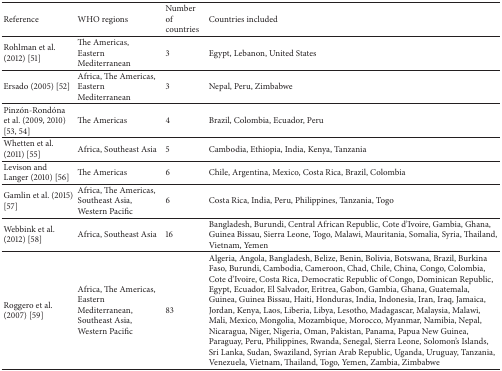
<table><thead><tr><td><b>Reference</b></td><td><b>WHO regions</b></td><td><b>Number of countries</b></td><td><b>Countries included</b></td></tr></thead><tbody><tr><td>Rohlman et al. (2012) [51]</td><td>The Americas, Eastern Mediterranean</td><td>3</td><td>Egypt, Lebanon, United States</td></tr><tr><td> Ersado (2005) [52]</td><td>Africa, The Americas, Eastern Mediterranean</td><td>3</td><td>Nepal, Peru, Zimbabwe</td></tr><tr><td>Pinzón-Rondóna et al. (2009, 2010) [53, 54]</td><td>The Americas</td><td>4</td><td>Brazil, Colombia, Ecuador, Peru</td></tr><tr><td>Whetten et al. (2011) [55]</td><td> Africa, Southeast Asia</td><td>5</td><td> Cambodia, Ethiopia, India, Kenya, Tanzania</td></tr><tr><td> Levison and Langer (2010) [56]</td><td>The Americas</td><td>6</td><td>Chile, Argentina, Mexico, Costa Rica, Brazil, Colombia</td></tr><tr><td>Gamlin et al. (2015) [57]</td><td>Africa, The Americas, Southeast Asia, Western Pacific</td><td>6</td><td>Costa Rica, India, Peru, Philippines, Tanzania, Togo </td></tr><tr><td>Webbink et al. (2012) [58]</td><td> Africa, Southeast Asia</td><td>16</td><td>Bangladesh, Burundi, Central African Republic, Cote d&#x27;Ivoire, Gambia, Ghana, Guinea Bissau, Sierra Leone, Togo, Malawi, Mauritania, Somalia, Syria, Thailand, Vietnam, Yemen</td></tr><tr><td>Roggero et al. (2007) [59]</td><td>Africa, The Americas, Eastern Mediterranean, Southeast Asia, Western Pacific</td><td>83</td><td>Algeria, Angola, Bangladesh, Belize, Benin, Bolivia, Botswana, Brazil, Burkina Faso, Burundi, Cambodia, Cameroon, Chad, Chile, China, Congo, Colombia, Cote d&#x27;Ivoire, Costa Rica, Democratic Republic of Congo, Dominican Republic, Egypt, Ecuador, El Salvador, Eritrea, Gabon, Gambia, Ghana, Guatemala, Guinea, Guinea Bissau, Haiti, Honduras, India, Indonesia, Iran, Iraq, Jamaica, Jordan, Kenya, Laos, Liberia, Libya, Lesotho, Madagascar, Malaysia, Malawi, Mali, Mexico, Mongolia, Mozambique, Morocco, Myanmar, Namibia, Nepal, Nicaragua, Niger, Nigeria, Oman, Pakistan, Panama, Papua New Guinea, Paraguay, Peru, Philippines, Rwanda, Senegal, Sierra Leone, Solomon&#x27;s Islands, Sri Lanka, Sudan, Swaziland, Syrian Arab Republic, Uganda, Uruguay, Tanzania, Venezuela, Vietnam, Thailand, Togo, Yemen, Zambia, Zimbabwe</td></tr></tbody></table>